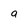
Character: a